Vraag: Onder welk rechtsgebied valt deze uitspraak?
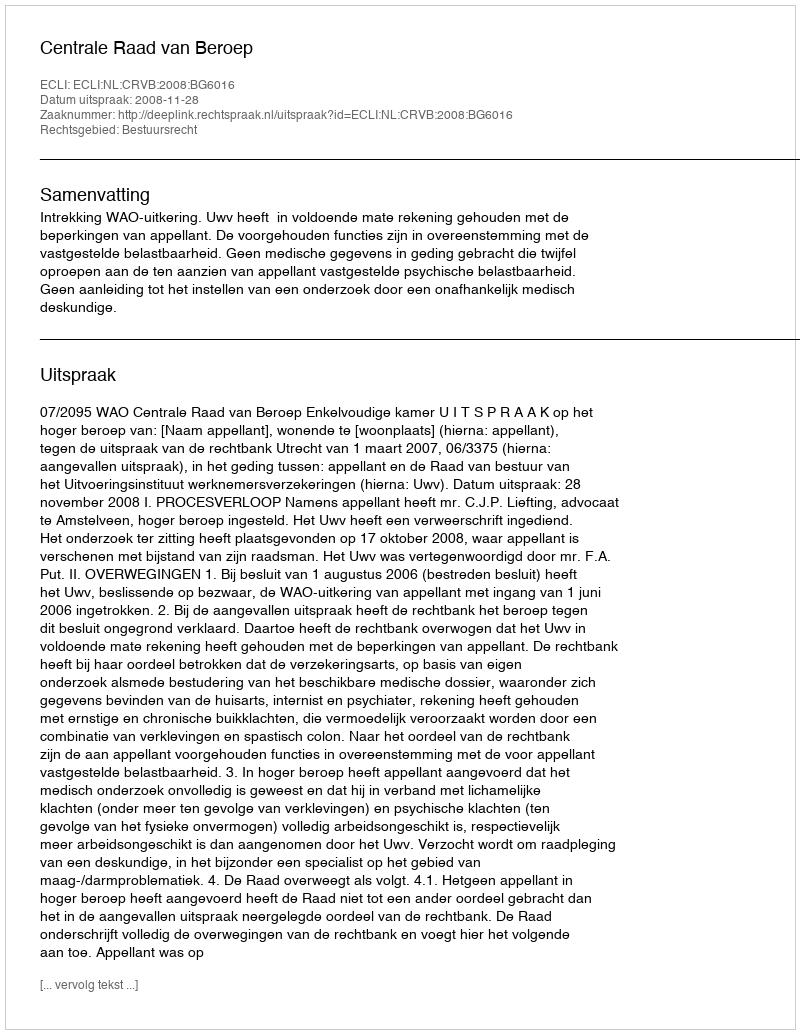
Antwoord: Bestuursrecht